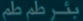
بیشتر-طعم-ط